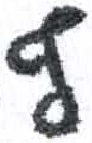
אות: ף